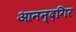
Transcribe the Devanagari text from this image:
आनन्दगिर